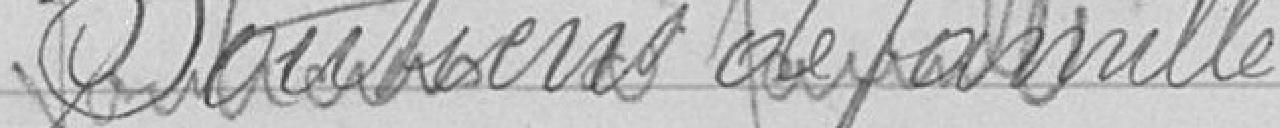
Soutien de famille